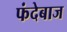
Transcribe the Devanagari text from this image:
फंदेबाज